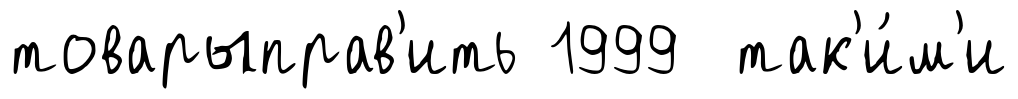
товарыправ'ить 1999 так'и́м'и